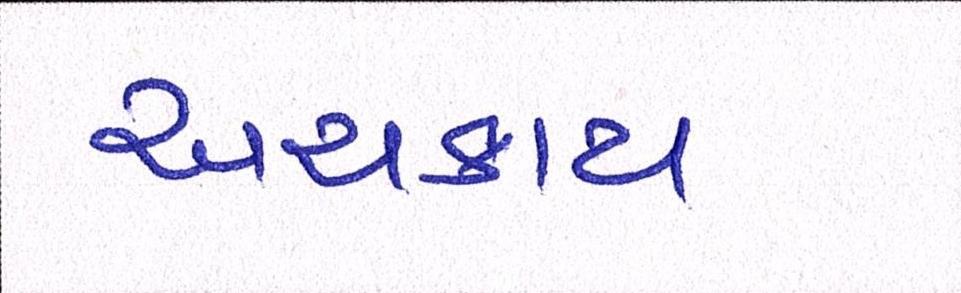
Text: અચકાય